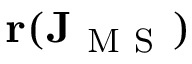
\mathbf { r } ( \mathbf { J } _ { \mathrm { ~ M ~ S ~ } } )